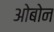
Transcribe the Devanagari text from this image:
ओबोन